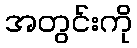
အတွင်းကို